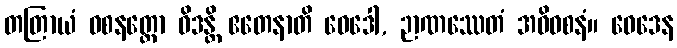
တတြာယံ ဝစနတ္ထော ဝိဒန္တိ ဧတေနာတိ ဝေဒေါ, ဉာဏဿေတံ အဓိဝစနံ။ ဝေဒေန